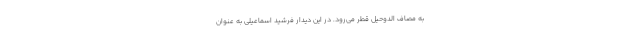
به مصاف الدوحیل قطر می‌رود. در این دیدار فرشید اسماعیلی به عنوان